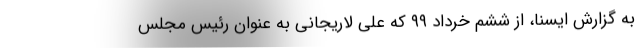
به گزارش ایسنا، از ششم خرداد ۹۹ که علی لاریجانی به عنوان رئیس مجلس